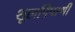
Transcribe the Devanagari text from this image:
शूलपिपाणी